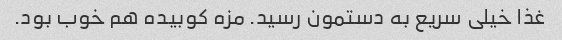
غذا خیلی سریع به دستمون رسید. مزه کوبیده هم خوب بود.